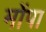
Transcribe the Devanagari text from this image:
मोंपा